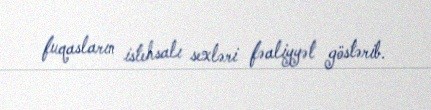
fuqasların istehsalı sexləri fəaliyyət göstərib.